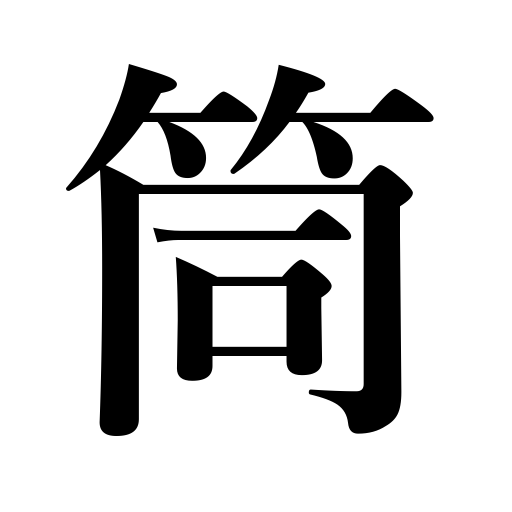
Meanings: tube,sleeve,gun barrel,pipette,pipe,well curb,case